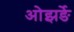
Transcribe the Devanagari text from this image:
ओझर्ङे